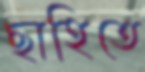
ছাহিতে